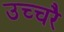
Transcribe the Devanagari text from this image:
उच्‍चरै